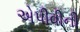
એપીવીની